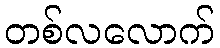
တစ်လလောက်